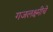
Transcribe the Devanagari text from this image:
गजलक्ष्मीचे